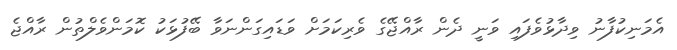
އެމަނިކުފާނު ވިދާޅުވެފައި ވަނީ ދެން ރާއްޖޭގެ ވެރިކަމަށް ވަޑައިގަންނަވާ ބޭފުޅަކު ކޮމަންވެލްތުން ރާއްޖެ